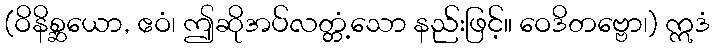
(ဝိနိစ္ဆယော, ဧဝံ၊ ဤဆိုအပ်လတ္တံ့သော နည်းဖြင့်။ ဝေဒိတဗ္ဗော၊) ဣဒံ